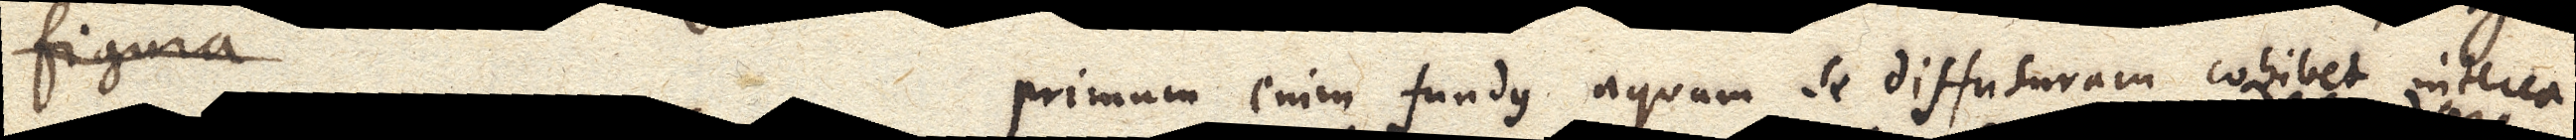
figura primum enim fundus aquam se diffusuram cohibet interea